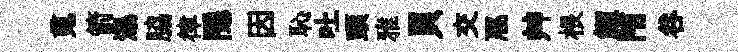
䰟箭瀑脇律隱因恥吐頭雅貝交豗艸根鯉陏谷